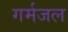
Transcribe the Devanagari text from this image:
गर्मजल